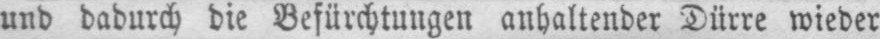
und dadurch die Befürchtungen anhaltender Dürre wieder